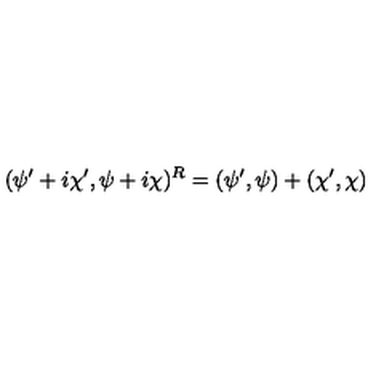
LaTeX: ( \psi ^ { \prime } + i \chi ^ { \prime } , \psi + i \chi ) ^ { R } = ( \psi ^ { \prime } , \psi ) + ( \chi ^ { \prime } , \chi )